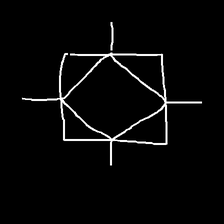
Glyph: light